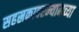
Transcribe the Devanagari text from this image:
सहस्रकादरम्यानच्या